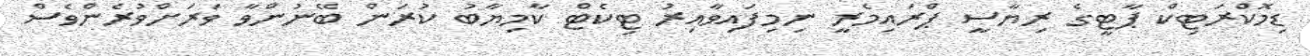
ޑިމޮކްރަޓިކް ޕާޓީގެ ރިޔާސީ ޕްރައިމެރީ ނިމިފައިވާއިރު ޓިކެޓް ކާމިޔާބު ކުރަން ބޭނުންވާ ވަރަށްވުރެންވެސް